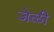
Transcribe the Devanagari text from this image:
जेळी